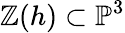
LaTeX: \mathbb{Z}(h)\subset\mathbb{{P}}^{3}